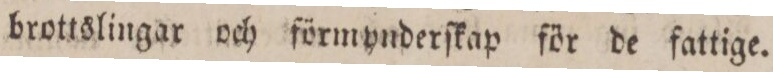
brottslingar och förmynderſkap för de fattige.